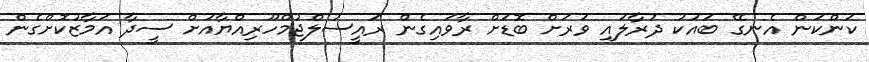
ކަންކަން އެނގޭ ބައަކު ދުރާލައި ވަރަށް ބޮޑަށް ރާވައިގެން ރައީސުލްޖުމްހޫރިއްޔާއަށް ސީދާ އަމާޒުކޮށްގެން